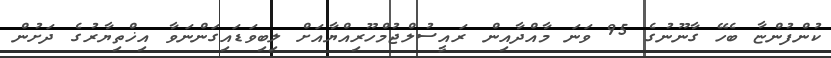
ކުންފުންޏާ ބެހޭ ގާނޫނުގެ 95 ވަނަ މާއްދާއިން ރައީސުލްޖުމްހޫރިއްޔާއަށް ލިބިވަޑައިގަންނަވާ އިޚްތިޔާރުގެ ދަށުން